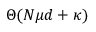
\Theta ( N \mu d + \kappa )